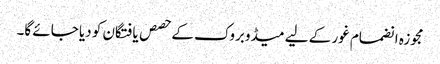
مجوزہ انضمام غور کے لیے میڈوبروک کے حصص یافتگان کو دیا جائے گا۔